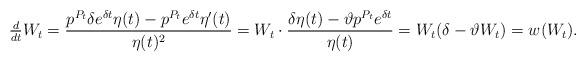
LaTeX: \begin{align*} \tfrac d{dt}W_t &= \frac{p^{P_t}\delta e^{\delta t}\eta(t)-p^{P_t}e^{\delta t}\eta'(t)}{\eta(t)^2} = W_t\cdot\frac{\delta\eta(t)-\vartheta p^{P_t}e^{\delta t}}{\eta(t)} = W_t(\delta-\vartheta W_t) = w(W_t). \end{align*}